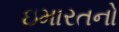
ઇમારતનો